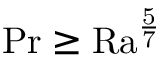
\mathrm { { P r } \geq \mathrm { { R a } } ^ { \frac { 5 } { 7 } } }